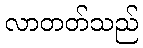
လာတတ်သည်